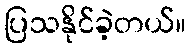
ပြသနိုင်ခဲ့တယ်။